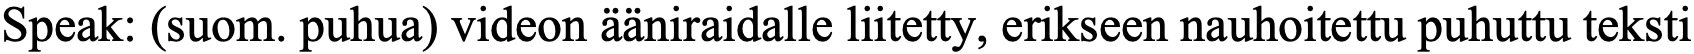
Speak: (suom. puhua) videon ääniraidalle liitetty, erikseen nauhoitettu puhuttu teksti